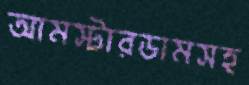
আমস্টারডামসহ